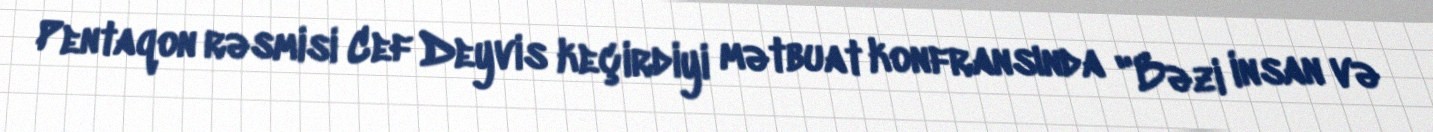
Pentaqon rəsmisi Cef Deyvis keçirdiyi mətbuat konfransında "Bəzi insan və